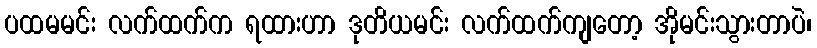
ပထမမင်း လက်ထက်က ရထားဟာ ဒုတိယမင်း လက်ထက်ကျတော့ အိုမင်းသွားတာပဲ၊